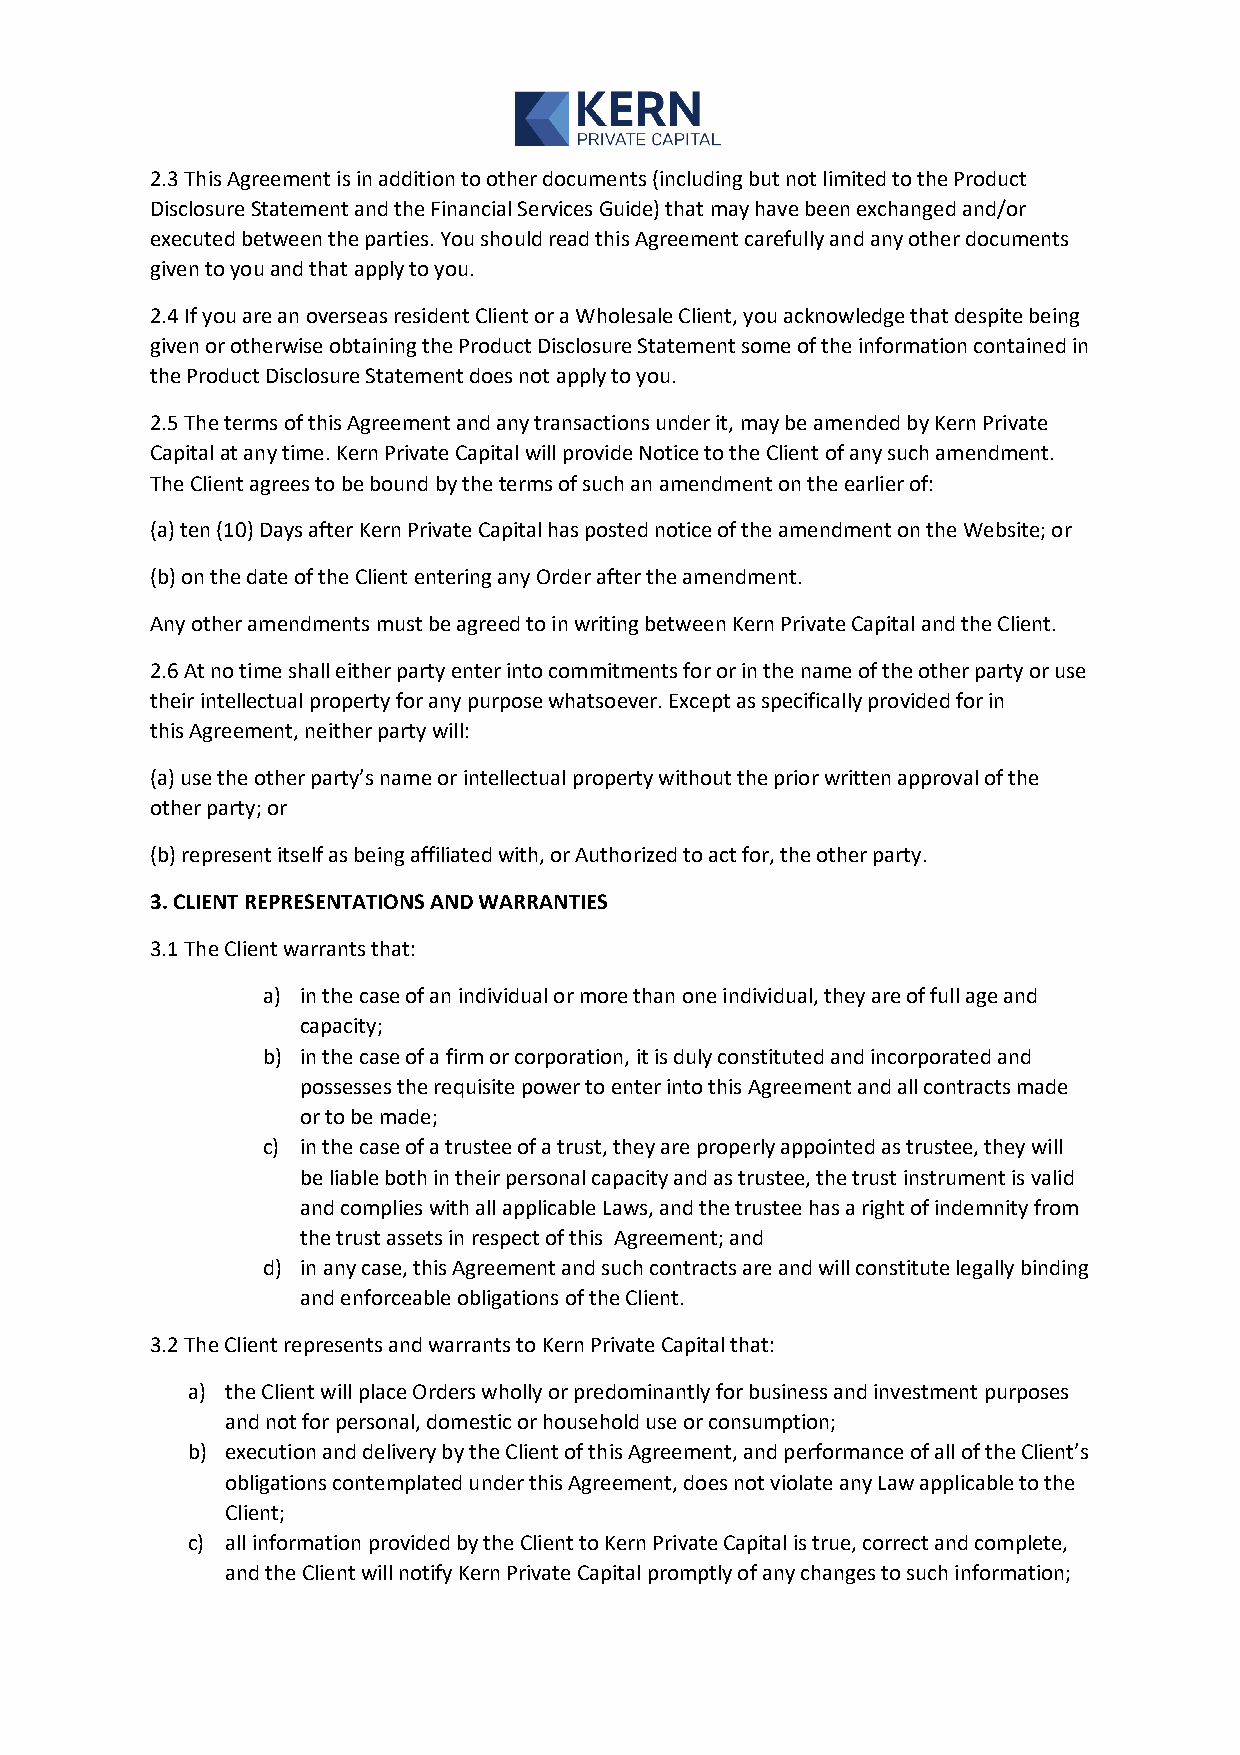
2.3 This Agreement is in addition to other documents (including but not limited to the Product
 Disclosure Statement and the Financial Services Guide) that may have been exchanged and/or
 executed between the parties. You should read this Agreement carefully and any other documents
 given to you and that apply to you.
 2.4 If you are an overseas resident Client or a Wholesale Client, you acknowledge that despite being
 given or otherwise obtaining the Product Disclosure Statement some of the information contained in
 the Product Disclosure Statement does not apply to you.
 2.5 The terms of this Agreement and any transactions under it, may be amended by Kern Private
 Capital at any time. Kern Private Capital will provide Notice to the Client of any such amendment.
 The Client agrees to be bound by the terms of such an amendment on the earlier of:
 (a) ten (10) Days after Kern Private Capital has posted notice of the amendment on the Website; or
 (b) on the date of the Client entering any Order after the amendment.
 Any other amendments must be agreed to in writing between Kern Private Capital and the Client.
 2.6 At no time shall either party enter into commitments for or in the name of the other party or use
 their intellectual property for any purpose whatsoever. Except as specifically provided for in
 this Agreement, neither party will:
 (a) use the other party’s name or intellectual property without the prior written approval of the
 other party; or
 (b) represent itself as being affiliated with, or Authorized to act for, the other party.
 3. CLIENT REPRESENTATIONS AND WARRANTIES
 3.1 The Client warrants that:
 a) in the case of an individual or more than one individual, they are of full age and
 capacity;
 b) in the case of a firm or corporation, it is duly constituted and incorporated and
 possesses the requisite power to enter into this Agreement and all contracts made
 or to be made;
 c) in the case of a trustee of a trust, they are properly appointed as trustee, they will
 be liable both in their personal capacity and as trustee, the trust instrument is valid
 and complies with all applicable Laws, and the trustee has a right of indemnity from
 the trust assets in respect of this Agreement; and
 d) in any case, this Agreement and such contracts are and will constitute legally binding
 and enforceable obligations of the Client.
 3.2 The Client represents and warrants to Kern Private Capital that:
 a) the Client will place Orders wholly or predominantly for business and investment purposes
 and not for personal, domestic or household use or consumption;
 b) execution and delivery by the Client of this Agreement, and performance of all of the Client’s
 obligations contemplated under this Agreement, does not violate any Law applicable to the
 Client;
 c) all information provided by the Client to Kern Private Capital is true, correct and complete,
 and the Client will notify Kern Private Capital promptly of any changes to such information;